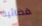
فضائية